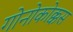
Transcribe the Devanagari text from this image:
गोनोकोक्कस